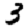
Digit: 3